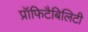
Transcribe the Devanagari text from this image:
प्रॉफिटैबिलिटी